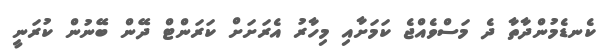
ކެނޑެމުންދާތާ ދެ މަސްވެއްޖެ ކަމަށާއި މިހާރު އެރަށަށް ކަރަންޓް ދޭން ބޭނުން ކުރަނީ